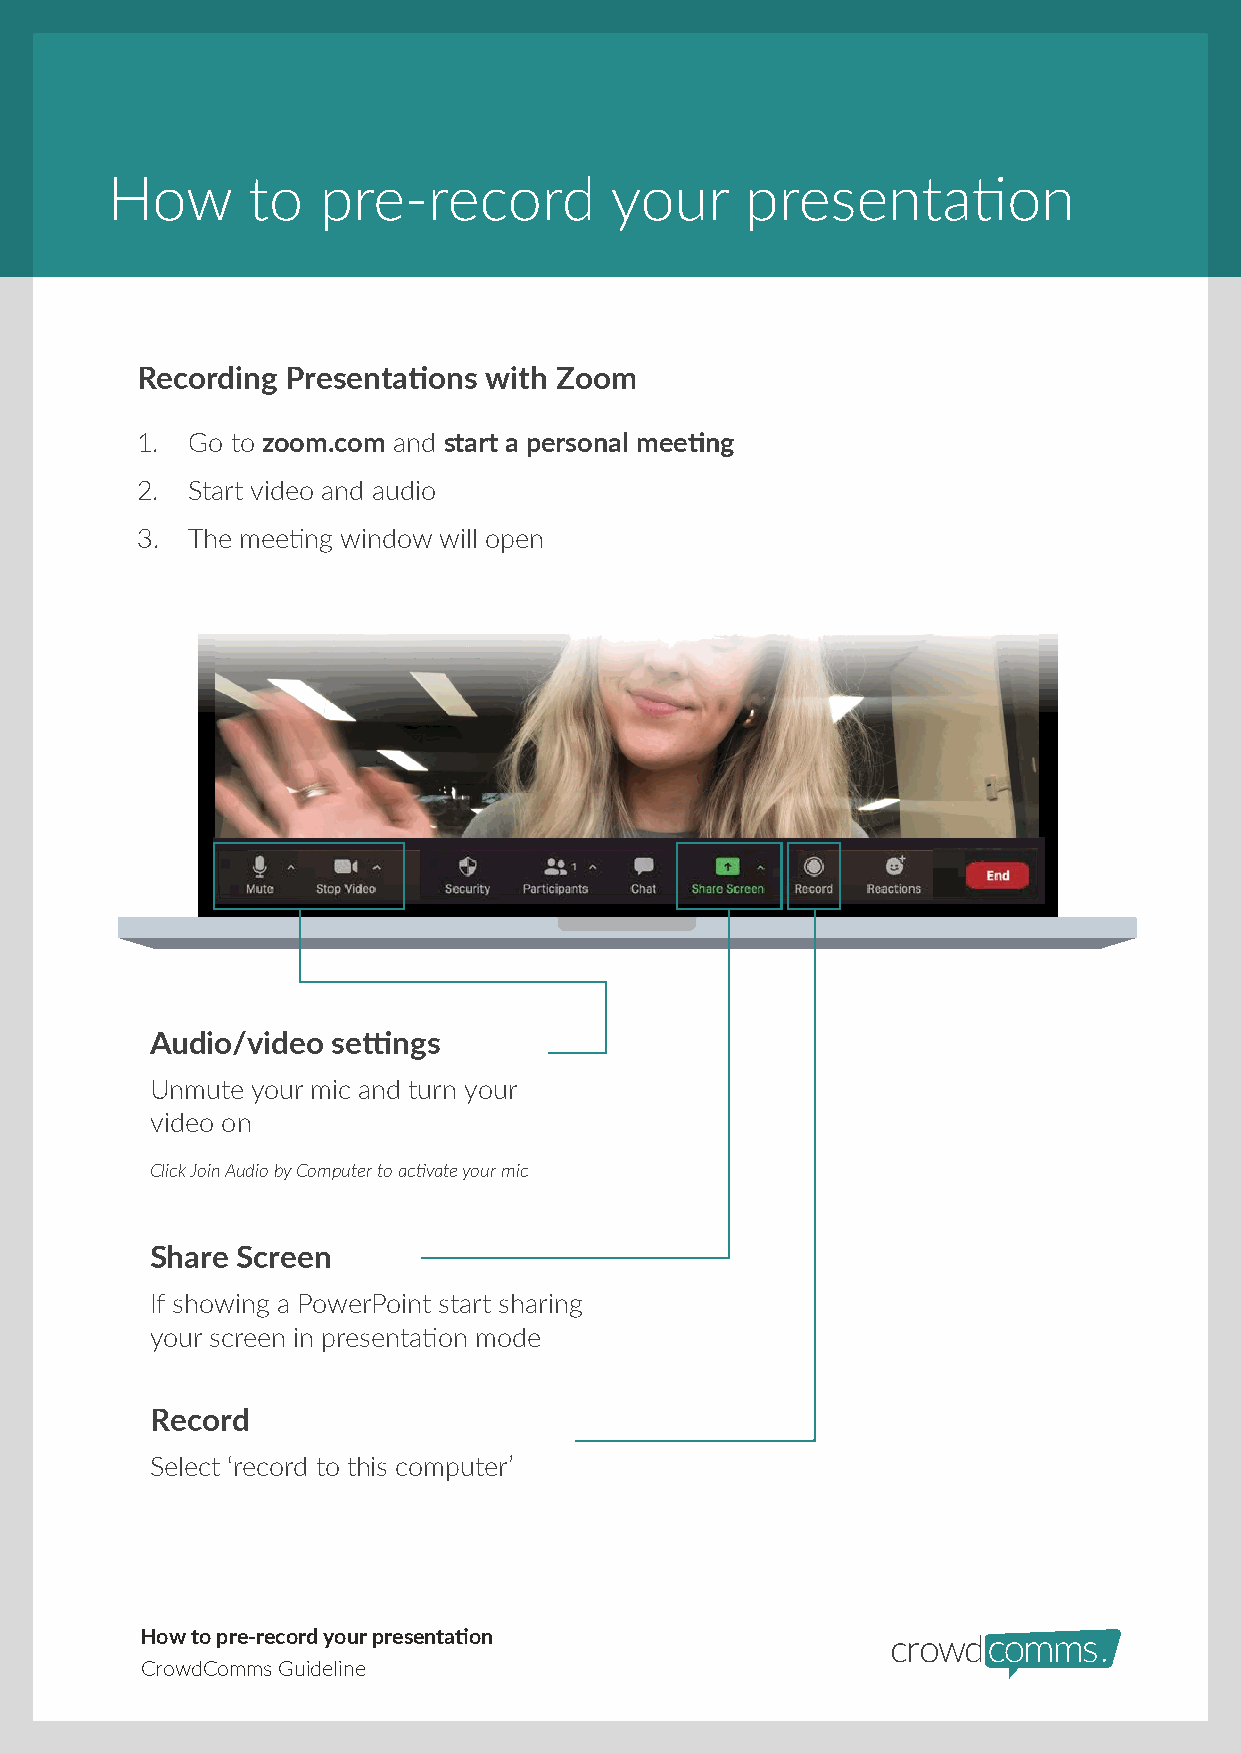
How      to   pre-record         your     presentation
 Recording Presentations with Zoom
 1. Go to zoom.com and start a personal meeting
 2. Start video and audio
 3. The meeting window will open
 Audio/video settings
 Unmute your mic and turn your
 video on
 Click Join Audio by Computer to activate your mic
 Share Screen
 If showing a PowerPoint start sharing
 your screen in presentation mode
 Record
 Select ‘record to this computer’
 How to pre-record your presentation
 CrowdComms Guideline